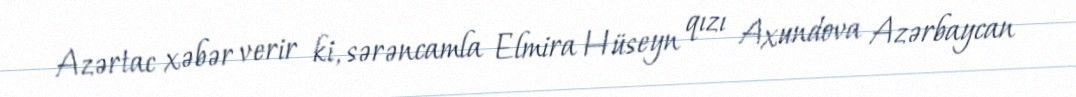
Azərtac xəbər verir ki, sərəncamla Elmira Hüseyn qızı Axundova Azərbaycan